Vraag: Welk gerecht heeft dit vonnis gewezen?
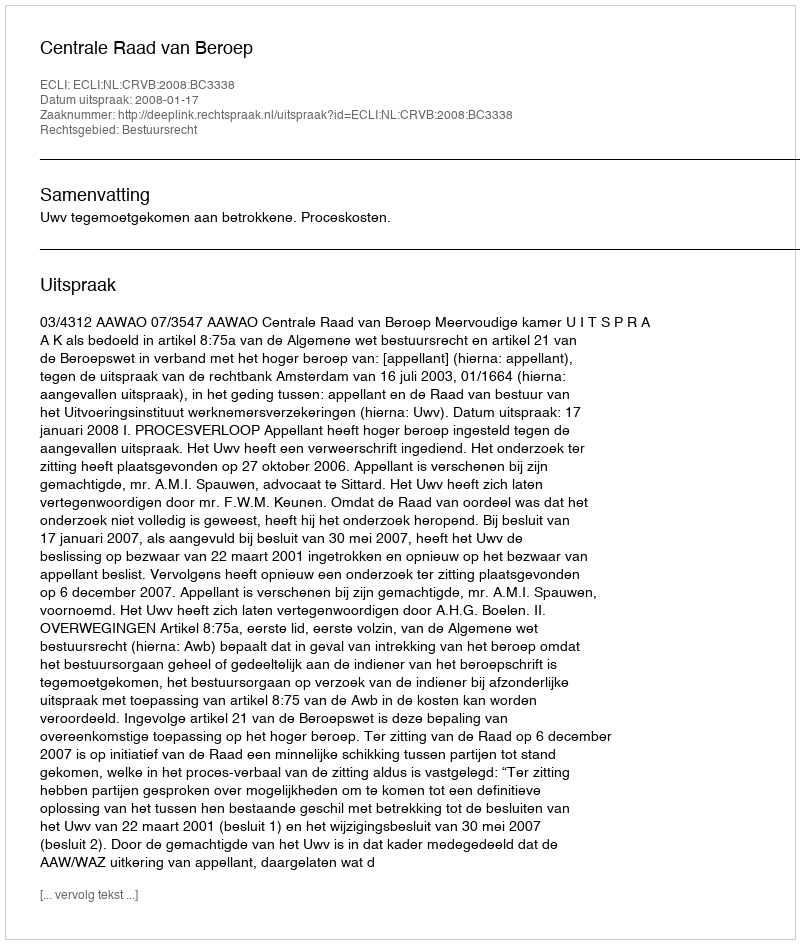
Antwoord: Centrale Raad van Beroep